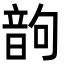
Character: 𩐝